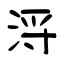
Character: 浖